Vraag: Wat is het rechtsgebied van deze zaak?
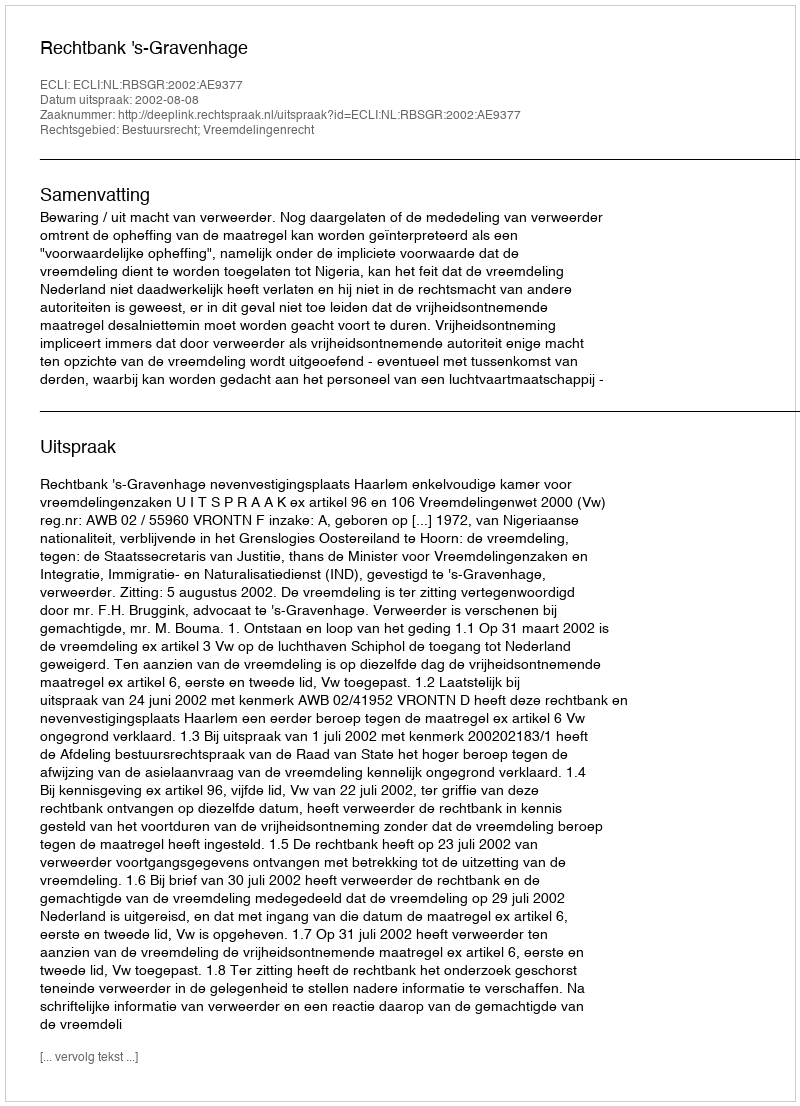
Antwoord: Bestuursrecht; Vreemdelingenrecht